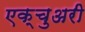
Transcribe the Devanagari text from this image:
एक्चुअरी